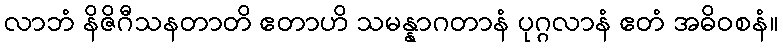
လာဘံ နိဇိဂီသနတာတိ ဧတာဟိ သမန္နာဂတာနံ ပုဂ္ဂလာနံ ဧတံ အဓိဝစနံ။